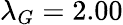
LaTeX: \lambda_{G}=2.00